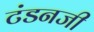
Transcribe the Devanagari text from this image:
टंडनजी